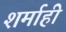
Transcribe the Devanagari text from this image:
शर्माही